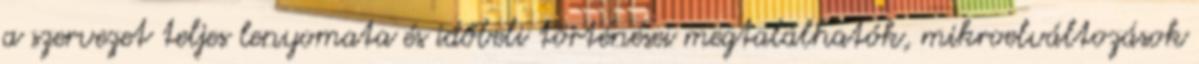
a szervezet teljes lenyomata és időbeli történései megtalálhatók, mikroelváltozások